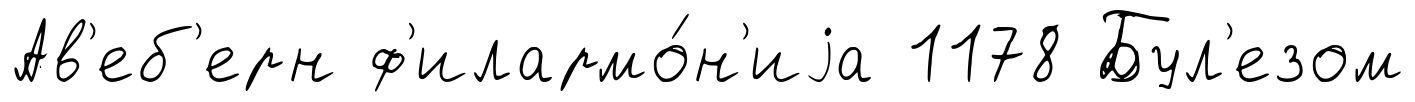
Ав'еб'ерн ф'илармо́н'иjа 1178 Бул'езом